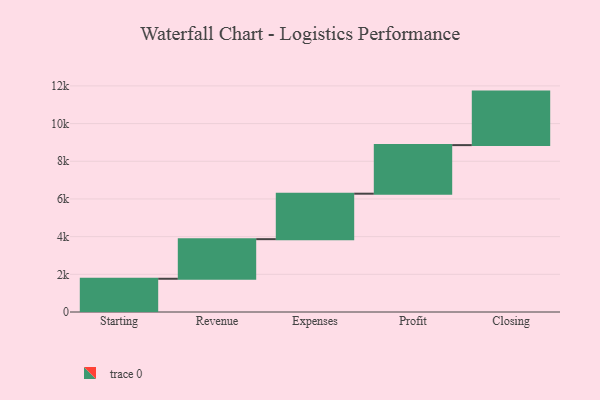
{"axis": {"x": "Step", "y": "Value"}, "legend": [""], "data": [{"x": "Starting", "y": 1764.0, "type": ""}, {"x": "Revenue", "y": 2102.0, "type": ""}, {"x": "Expenses", "y": 2413.0, "type": ""}, {"x": "Profit", "y": 2578.0, "type": ""}, {"x": "Closing", "y": 2840.0, "type": ""}]}